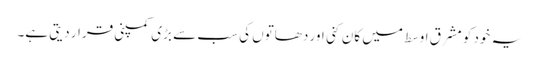
یہ خود کو مشرقِ اوسط میں کان کنی اور دھاتوں کی سب سے بڑی کمپنی قرار دیتی ہے۔